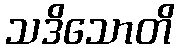
သဒိသောတိ